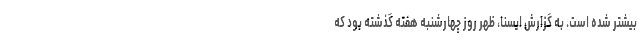
بیشتر شده است. به گزارش ایسنا، ظهر روز چهارشنبه هفته گذشته بود که